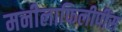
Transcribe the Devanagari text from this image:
मनीलाफिलीपींस